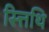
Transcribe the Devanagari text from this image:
स्त्तिथि